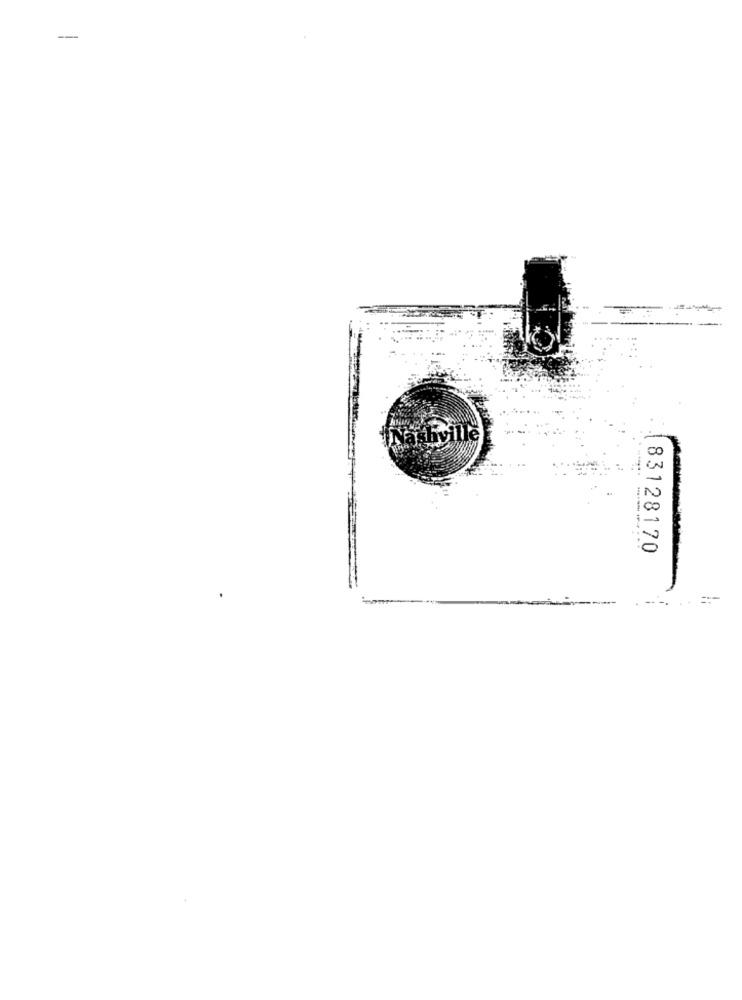
-
'INvarbville
DO
CO
83128170